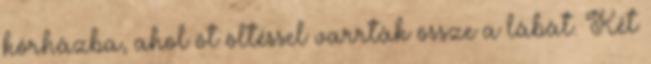
kórházba, ahol öt öltéssel varrták össze a lábát. Két